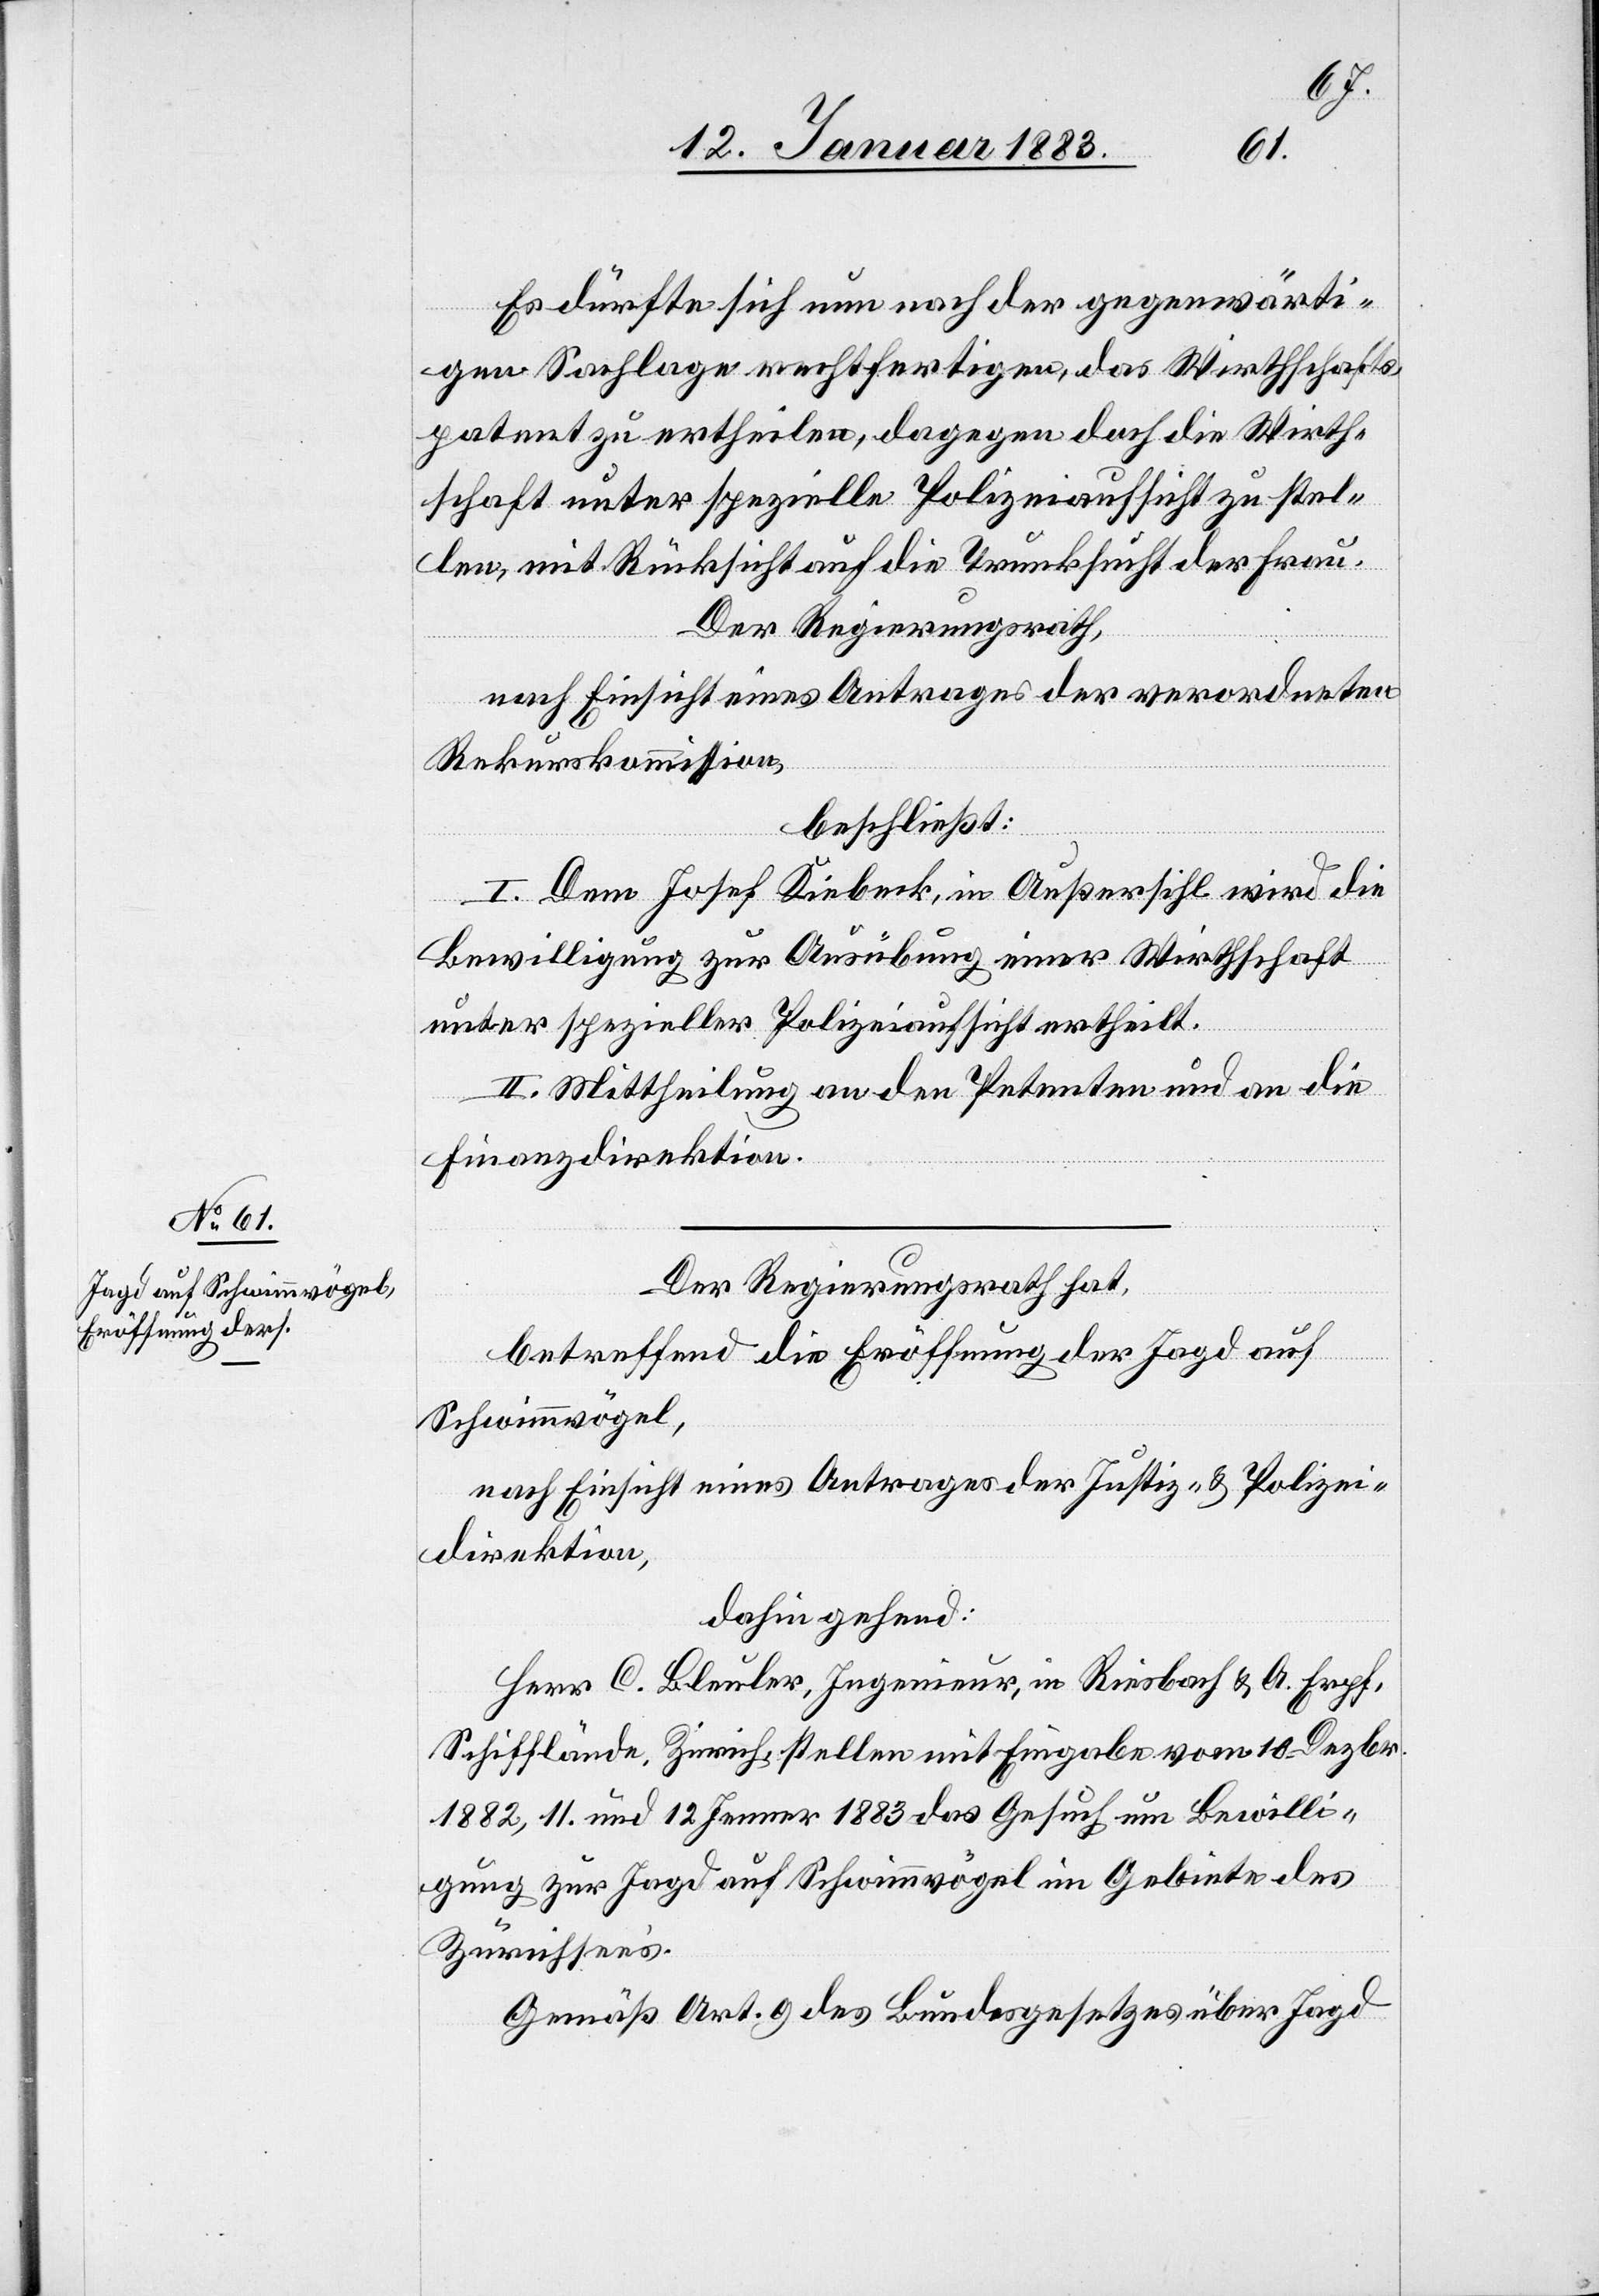
13. Januar 1883.]
Es dürfte sich nun nach der gegenwärti¬
gen Sachlage rechtfertigen, das Wirthschafts¬
patent zu ertheilen, dagegen doch die Wirth¬
schaft unter spezielle Polizeiaufsicht zu stel¬
len, mit Rücksicht auf die Trunksucht der Frau.
Der Regierungsrath,
nach Einsicht eines Antrages der verordneten
Rekurskommission,
beschließt:
I. Dem Josef Kiebeck, in Außersihl wird die
Bewilligung zur Ausübung einer Wirthschaft
unter spezieller Polizeiaufsicht ertheilt.
II. Mittheilung an den Petenten und an die
Finanzdirektion.
Der Regierungsrath hat,
betreffend die Eröffnung der Jagd auf
Schwimmvögel,
nach Einsicht eines Antrages der Justiz- & Polizei¬
direktion,
dahingehend:
Herr C. Bleuler, Ingenieur, in Riesbach & A. Erpf,
Schifflände, Zürich, stellen mit Eingabe vom 10. Dezbr.
1882, 11. und 12. Jenner 1883 das Gesuch um Bewilli¬
gung zur Jagd auf Schwimmvögel im Gebiete des
Zürichsees.
Gemäß Art. 9 des Bundesgesetzes über Jagd